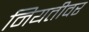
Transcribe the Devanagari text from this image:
नियतीवर